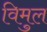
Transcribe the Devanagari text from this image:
विमुल